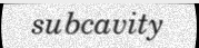
subcavity